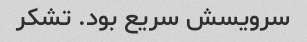
سرویسش سریع بود. تشکر